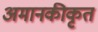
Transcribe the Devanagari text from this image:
अमानकीकृत